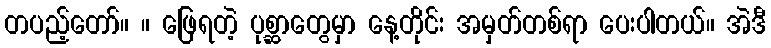
တပည့်တော်။ ။ ဖြေရတဲ့ ပုစ္ဆာတွေမှာ နေ့တိုင်း အမှတ်တစ်ရာ ပေးပါတယ်။ အဲဒီ